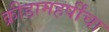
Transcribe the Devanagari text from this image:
क्रीडामहर्षींचा